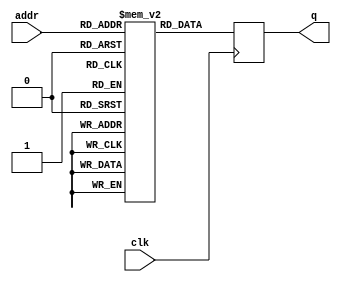
module rom
#(
	parameter DATA_WIDTH=32, 
	parameter ADDR_WIDTH=9
)
(
	input [ADDR_WIDTH-1:0] addr,
	input clk, 
	output reg [31:0] q
);

	// Declare the ROM variable
	reg [DATA_WIDTH-1:0] ROM[(2**ADDR_WIDTH)-1:0];
	
	//reg primeiroclock = 1;

	// Initialize the ROM with $readmemb.  Put the memory contents
	// in the file single_port_rom_init.txt.  Without this file,
	// this design will not compile.

	// See Verilog LRM 1364-2001 Section 17.2.8 for details on the
	// format of this file, or see the "Using $readmemb and $readmemh"
	// template later in this section.
	
	
initial begin
ROM[1] = 32'b000001_111110_000000_00000000000000;
ROM[2] = 32'b000001_111101_000000_00000000000100;
ROM[3] = 32'b001100_00000000000000000000101111;
ROM[4] = 32'b010000_00000000000000000000000000;
ROM[5] = 32'b010000_000000_000000_000000_00000000;
ROM[6] = 32'b000100_111111_111110_00000000000001;
ROM[7] = 32'b000001_001011_111110_00000000000010;
ROM[8] = 32'b000100_000110_001011_00000000000000;
ROM[9] = 32'b000001_001100_111110_00000000000011;
ROM[10] = 32'b000100_000111_001100_00000000000000;
ROM[11] = 32'b000011_001101_111110_00000000000011;
ROM[12] = 32'b000001_001110_000000_00000000000000;
ROM[13] = 32'b000000_001111_001101_001110_00_101111;
ROM[14] = 32'b001001_001111_000000_00000000000110;
ROM[15] = 32'b010000_00000000000000000000000000;
ROM[16] = 32'b000011_010000_111110_00000000000010;
ROM[17] = 32'b000111_000010_010000_000000_00_000000;
ROM[19] = 32'b001100_00000000000000000000100111;
ROM[20] = 32'b010000_00000000000000000000000000;
ROM[21] = 32'b010000_000000_000000_000000_00000000;
ROM[22] = 32'b000011_010001_111110_00000000000011;
ROM[23] = 32'b000111_000110_010001_000000_00_000000;
ROM[24] = 32'b000011_010010_111110_00000000000010;
ROM[25] = 32'b000011_010011_111110_00000000000010;
ROM[26] = 32'b000011_010100_111110_00000000000011;
ROM[27] = 32'b000000_010101_010011_010100_00_100011;
ROM[28] = 32'b000011_010110_111110_00000000000011;
ROM[29] = 32'b000000_010111_010101_010110_00_100001;
ROM[30] = 32'b000000_011000_010010_010111_00_100010;
ROM[31] = 32'b000111_000111_011000_000000_00_000000;
ROM[32] = 32'b000100_111110_111101_00000000000000;
ROM[33] = 32'b000111_111110_111101_000000_00_000000;
ROM[34] = 32'b000001_111101_111101_00000000000100;
ROM[35] = 32'b010010_111111_00000000000000000101;
ROM[36] = 32'b010000_00000000000000000000000000;
ROM[37] = 32'b000111_011001_000010_000000_00_000000;
ROM[38] = 32'b000111_000010_011001_000000_00_000000;
ROM[39] = 32'b010000_000000_000000_000000_00000000;
ROM[40] = 32'b000011_011010_111110_00000000000001;
ROM[41] = 32'b000111_111111_011010_000000_00_000000;
ROM[42] = 32'b000010_111101_111101_00000000000100;
ROM[43] = 32'b000011_011011_111110_00000000000000;
ROM[44] = 32'b000111_111110_011011_000000_00_000000;
ROM[45] = 32'b001101_000000_111111_000000_00_000000;
ROM[46] = 32'b010000_00000000000000000000000000;
ROM[47] = 32'b010000_000000_000000_000000_00000000;
ROM[48] = 32'b000100_111111_111110_00000000000001;
ROM[49] = 32'b001110_011100_000000_000000_00_000000;
ROM[50] = 32'b000111_011101_011100_000000_00_000000;
ROM[51] = 32'b000100_011101_111110_00000000000010;
ROM[52] = 32'b001110_011110_000000_000000_00_000000;
ROM[53] = 32'b000111_011111_011110_000000_00_000000;
ROM[54] = 32'b000100_011111_111110_00000000000011;
ROM[55] = 32'b000011_100000_111110_00000000000010;
ROM[56] = 32'b000111_000110_100000_000000_00_000000;
ROM[57] = 32'b000011_100001_111110_00000000000011;
ROM[58] = 32'b000111_000111_100001_000000_00_000000;
ROM[59] = 32'b000100_111110_111101_00000000000000;
ROM[60] = 32'b000111_111110_111101_000000_00_000000;
ROM[61] = 32'b000001_111101_111101_00000000000100;
ROM[62] = 32'b010010_111111_00000000000000000101;
ROM[63] = 32'b010000_00000000000000000000000000;
ROM[64] = 32'b000111_100010_000010_000000_00_000000;
ROM[65] = 32'b000111_000110_100010_000000_00_000000;
ROM[66] = 32'b001111_000110_000000_000000_00_000000;
ROM[67] = 32'b010001_00000000000000000000000000;
end


	always @ (posedge clk)
	begin
		/*
		if (primeiroclock) begin 
			$readmemb("fatorial.txt", rom, 0, 2**ADDR_WIDTH-1);
			
			primeiroclock <= 0;
		end
		*/
		
		q <= ROM[addr];
	end

endmodule